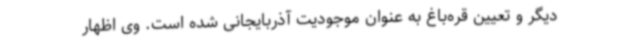
دیگر و تعیین قره‌باغ به عنوان موجودیت آذربایجانی شده است. وی اظهار